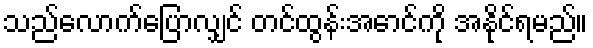
သည်လောက်ပြောလျှင် တင်ထွန်းအောင်ကို အနိုင်ရမည်။